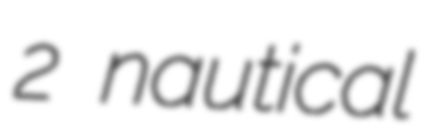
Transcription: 2 nautical